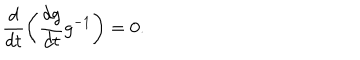
LaTeX: \frac { d } { d t } \left( \frac { d g } { d t } g ^ { - 1 } \right) = 0 .